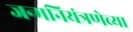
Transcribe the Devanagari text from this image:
जन्मनियंत्रणेच्या